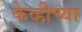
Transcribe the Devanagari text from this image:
केव्हीच्या